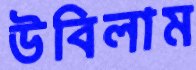
উবিলাম